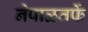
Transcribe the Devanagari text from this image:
नेपाळतर्फे